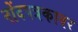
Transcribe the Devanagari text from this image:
नोंदपत्रकावर